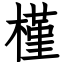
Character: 槿